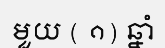
មួយ ( ១) ឆ្នាំ